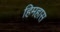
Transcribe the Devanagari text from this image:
हिमहास